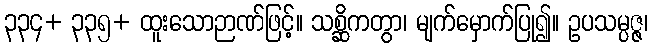
၃၃၄+ ၃၃၅+ ထူးသောဉာဏ်ဖြင့်။ သစ္ဆိကတွာ၊ မျက်မှောက်ပြု၍။ ဥပသမ္ပဇ္ဇ၊